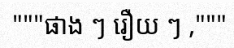
"""ផាង ៗ រឿយ ៗ ,"""